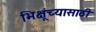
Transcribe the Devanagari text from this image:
भिक्षूंच्यासाठी